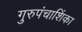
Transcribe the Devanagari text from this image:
गुरुपंचाशिंका